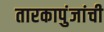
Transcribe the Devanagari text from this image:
तारकापुंजांची